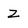
Character: z